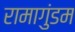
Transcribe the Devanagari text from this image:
रामागुंडम